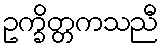
ဥက္ခိတ္တကသညီ